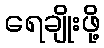
ရေချိုးဖို့